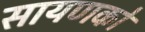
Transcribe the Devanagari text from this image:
सायणको